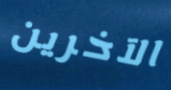
الآخرين